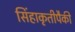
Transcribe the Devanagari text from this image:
सिंहाकृतीपैकी